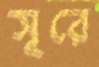
সূরে